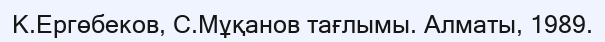
К.Ергөбеков, С.Мұқанов тағлымы. Алматы, 1989.